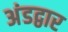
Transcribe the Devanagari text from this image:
अंडद्वार